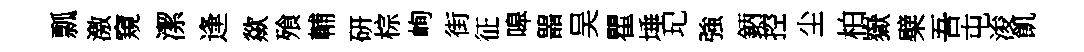
瓢激窺潔逢歘飱輔硏棕峋街征嗥噐吴瞿埵玘強鈵控尘柏嶽檗吾屯浚飢